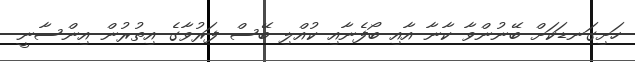
ހަށިގަނޑަކަށް ބޭނުންވާ ކާނާ އާއި ބޯފެނާއި ކުއްލި ބޭސް ފަރުވާގެ އިތުރުން އިންސާނީ